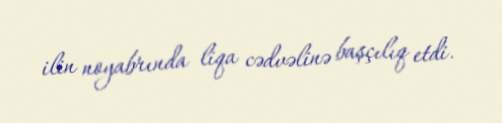
ilin noyabrında liqa cədvəlinə başçılıq etdi.